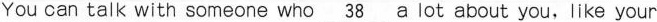
You can talk with someone who\underline{38} a lot about you,like your